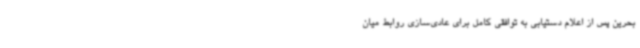
بحرین پس از اعلام دستیابی به توافقی کامل برای عادی‌سازی روابط میان